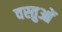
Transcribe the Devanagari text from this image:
वस्तुओें